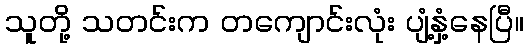
သူတို့ သတင်းက တကျောင်းလုံး ပျံ့နှံ့နေပြီ။